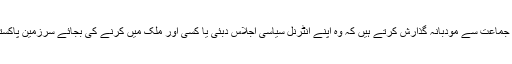
پاکستان کی ایک نامور سیاسی جماعت سے مودبانہ گُذارش کرتے ہیں کہ وہ اپنے انٹرنل سیاسی اجلاس دبئی یا کسی اور ملک میں کرنے کی بجائے سرزمین پاکستان کی حدود میں اجلاس کریں۔